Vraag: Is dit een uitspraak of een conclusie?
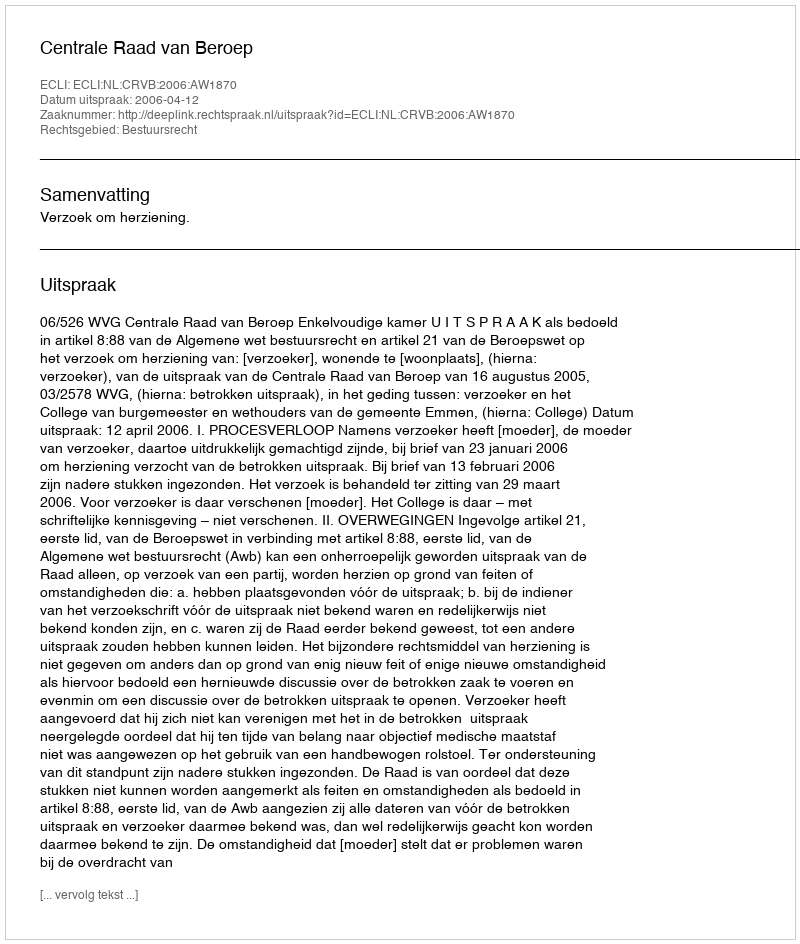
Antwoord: Uitspraak